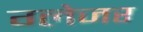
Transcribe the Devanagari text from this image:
ग्लेजर